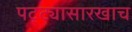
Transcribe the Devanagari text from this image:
पट्ट्यासारखाच